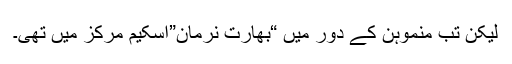
لیکن تب منموہن کے دور میں “بھارت نرمان”اسکیم مرکز میں تھی۔